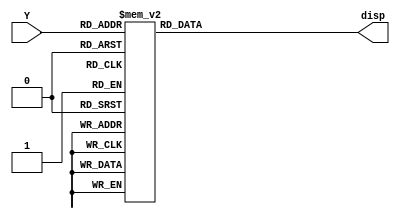
`timescale 1ns / 1ps

module BCD_Seven_Segment(
    input [3:0] Y,
    output reg [6:0] disp
    );
    
    always @(Y)
    begin
    case(Y)
        0: disp = 7'b0000001; // 7-bits are a, b, c, d, e, f, g segments on display
        1: disp = 7'b1001111; // 1
        2: disp = 7'b0010010; // 2
        3: disp = 7'b0000110; // 3
        4: disp = 7'b1001100; // 4
        5: disp = 7'b0100100; // 5
        6: disp = 7'b0100000; // 6
        7: disp = 7'b0001111; // 7
        8: disp = 7'b0000000; // 8
        9: disp = 7'b0001100; // 9
       10: disp = 7'b0001000; // 10
       11: disp = 7'b1100000; // 11
       12: disp = 7'b0110001; // 12
       13: disp = 7'b0100010; // 13
       14: disp = 7'b0110000; // 14
       15: disp = 7'b0111000; // 15
    endcase
  end
    
endmodule